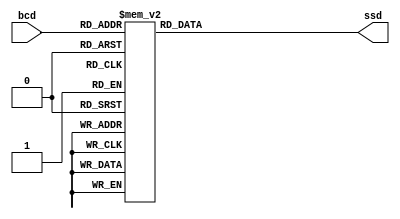
`timescale 1ns / 1ps

module ssd_decoder(bcd, ssd);

	input [3:0] bcd;
	output reg [7:0] ssd;
	
	always@(*) begin

		case(bcd)
			4'b0000: ssd[7:0] = 8'h03;
			4'b0001: ssd[7:0] = 8'h9F;
			4'b0010: ssd[7:0] = 8'h25;
			4'b0011: ssd[7:0] = 8'h0D;
			4'b0100: ssd[7:0] = 8'h99;
			4'b0101: ssd[7:0] = 8'h49;
			4'b0110: ssd[7:0] = 8'h41;
			4'b0111: ssd[7:0] = 8'h1F;
			4'b1000: ssd[7:0] = 8'h01;
			4'b1001: ssd[7:0] = 8'h09;
			default: ssd[7:0] = 8'hFF;
		endcase
		
	end

endmodule